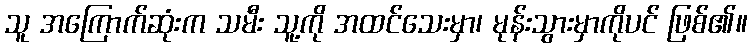
သူ အကြောက်ဆုံးက သမီး သူ့ကို အထင်သေးမှာ၊ မုန်းသွားမှာကိုပင် ဖြစ်၏။